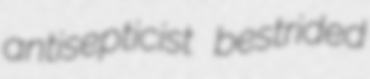
antisepticist bestrided